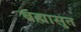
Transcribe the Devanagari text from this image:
ब्रह्मासुत